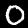
Label: 0